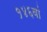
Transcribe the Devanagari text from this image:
१४६वां